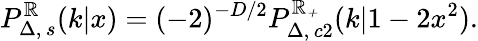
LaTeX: P_{\Delta,\, s}^{\cal\mathbb{R}}(k|x)=(-2)^{-D/2}P_{\Delta,\, c2}^{\cal\mathbb{R}_{+}}(k|1-2x^{2}).